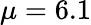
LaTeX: \mu=6.1